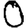
Digit: 0